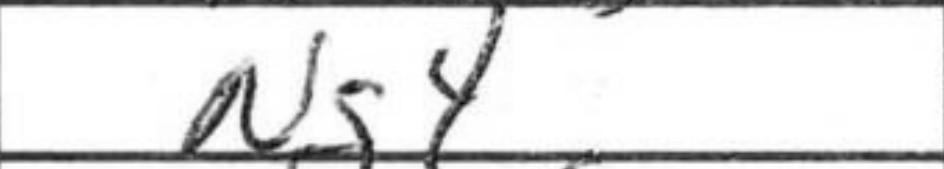
Transcription: Ng4